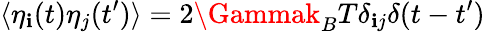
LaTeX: \langle\eta_{\mathbf{i}}(t)\eta_{j}(t^{\prime})\rangle=2\Gammak_{B}T\delta_{\mathbf{i}j}\delta(t-t^{\prime})